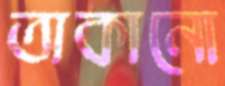
তাকানো